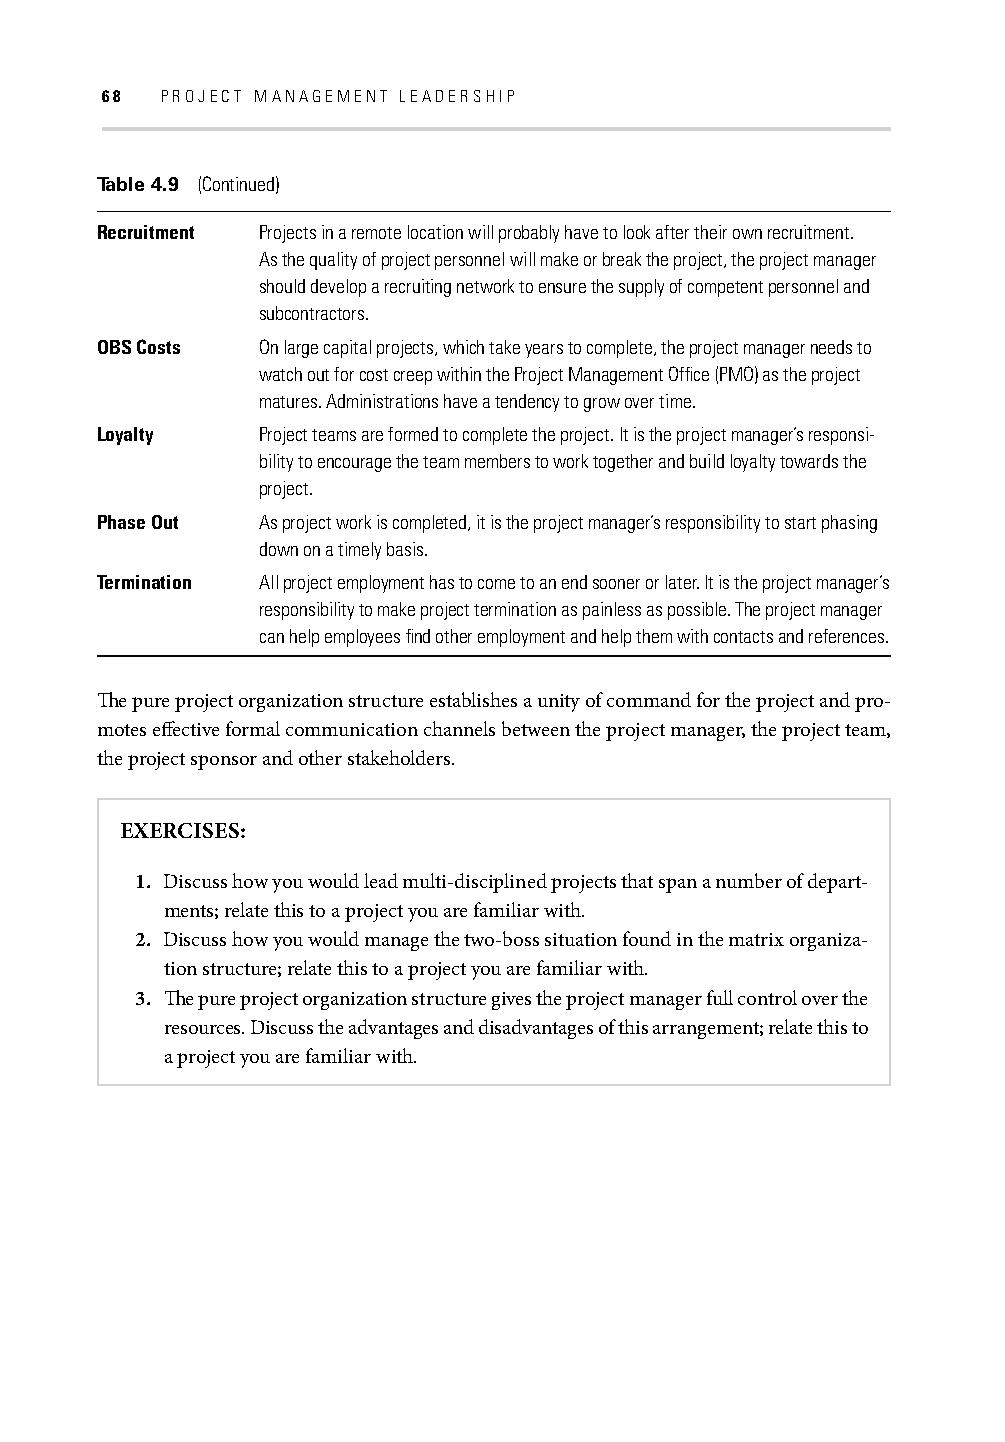
68  PROJECT MANAGEMENT LEADERSHIP
 Table 4.9 (Continued)
 Recruitment Projects in a remote location will probably have to look after their own recruitment.
 As the quality of project personnel will make or break the project, the project manager
 should develop a recruiting network to ensure the supply of competent personnel and
 subcontractors.
 OBS Costs  On large capital projects, which take years to complete, the project manager needs to
 watch out for cost creep within the Project Management Offi ce (PMO) as the project
 matures. Administrations have a tendency to grow over time.
 Loyalty    Project teams are formed to complete the project. It is the project manager’s responsi-
 bility to encourage the team members to work together and build loyalty towards the
 project.
 Phase Out  As project work is completed, it is the project manager’s responsibility to start phasing
 down on a timely basis.
 Termination All project employment has to come to an end sooner or later. It is the project manager’s
 responsibility to make project termination as painless as possible. The project manager
 can help employees fi nd other employment and help them with contacts and references.
 Th e pure project organization structure establishes a unity of command for the project and pro-
 motes eff ective formal communication channels between the project manager, the project team,
 the project sponsor and other stakeholders.
 EXERCISES:
 1. Discuss how you would lead multi-disciplined projects that span a number of depart-
 ments; relate this to a project you are familiar with.
 2. Discuss how you would manage the two-boss situation found in the matrix organiza-
 tion structure; relate this to a project you are familiar with.
 3. Th e pure project organization structure gives the project manager full control over the
 resources. Discuss the advantages and disadvantages of this arrangement; relate this to
 a project you are familiar with.